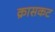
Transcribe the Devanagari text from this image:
क्रासकट